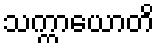
သက္ကာယောတိ